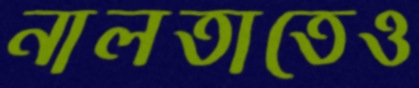
নালতাতেও